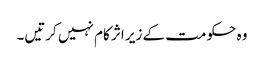
وہ حکومت کے زیر اثر کام نہیں کرتیں۔